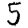
Digit: 5